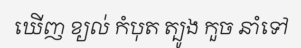
ឃើញ ខ្យល់ កំបុត ត្បូង កួច នាំទៅ